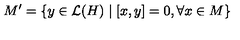
M ^ { \prime } = \left\{ y \in \mathcal { L } ( H ) \mid \left[ x , y \right] = 0 , \forall x \in M \right\}